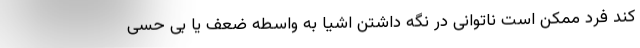
کند فرد ممکن است ناتوانی در نگه داشتن اشیا به واسطه ضعف یا بی حسی